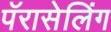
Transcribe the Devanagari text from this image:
पॅरासेलिंग